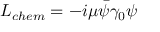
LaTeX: { \cal L } _ { c h e m } = - i \mu \bar { \psi } \gamma _ { 0 } \psi